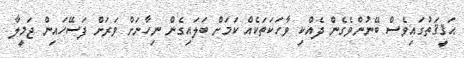
ޙަޤީޤަތުގައިވެސް ބޭނުންވެގެން ދެއްކި ވާހަކަތަކެއް ކަމަށް ބަލައިގެން ނިހާނަށް ވަރަށް ފަސޭހައިން ޖަމީލާ